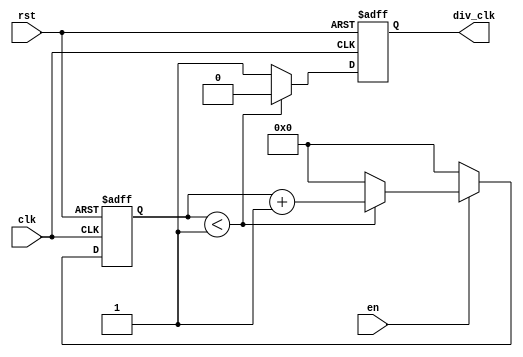
module PNU_CLK_DIV(clk,rst,en,div_clk);

	parameter cnt_num = 2;

    input clk;
    input rst;
    input en;
    
    output div_clk;

    reg buff;
    reg [19:0] cnt;
    
    wire div_clk;


    always @(posedge clk or posedge rst)
    begin
        if(rst) begin
			cnt <= 0;
            buff <= 0;
          end
        else begin
			 if(en) begin
				if(cnt < cnt_num-1)
                    cnt <= cnt+1;
                else
                    cnt <= 0;
             end
			 else begin
				cnt <= 0;
                buff <= 0;
             end
				
			 if(cnt < cnt_num/2)
                buff <= 0;
             else
				buff <= 1;
		  end
    end

    assign div_clk = buff;

endmodule